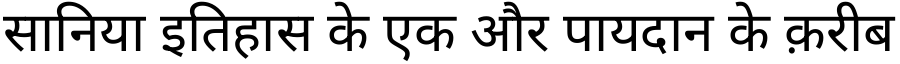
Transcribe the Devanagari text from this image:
सानिया इतिहास के एक और पायदान के क़रीब